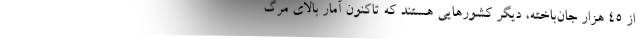
از ۴۵ هزار جان‌باخته، دیگر کشورهایی هستند که تاکنون آمار بالای مرگ‌